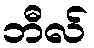
ဘီလ်